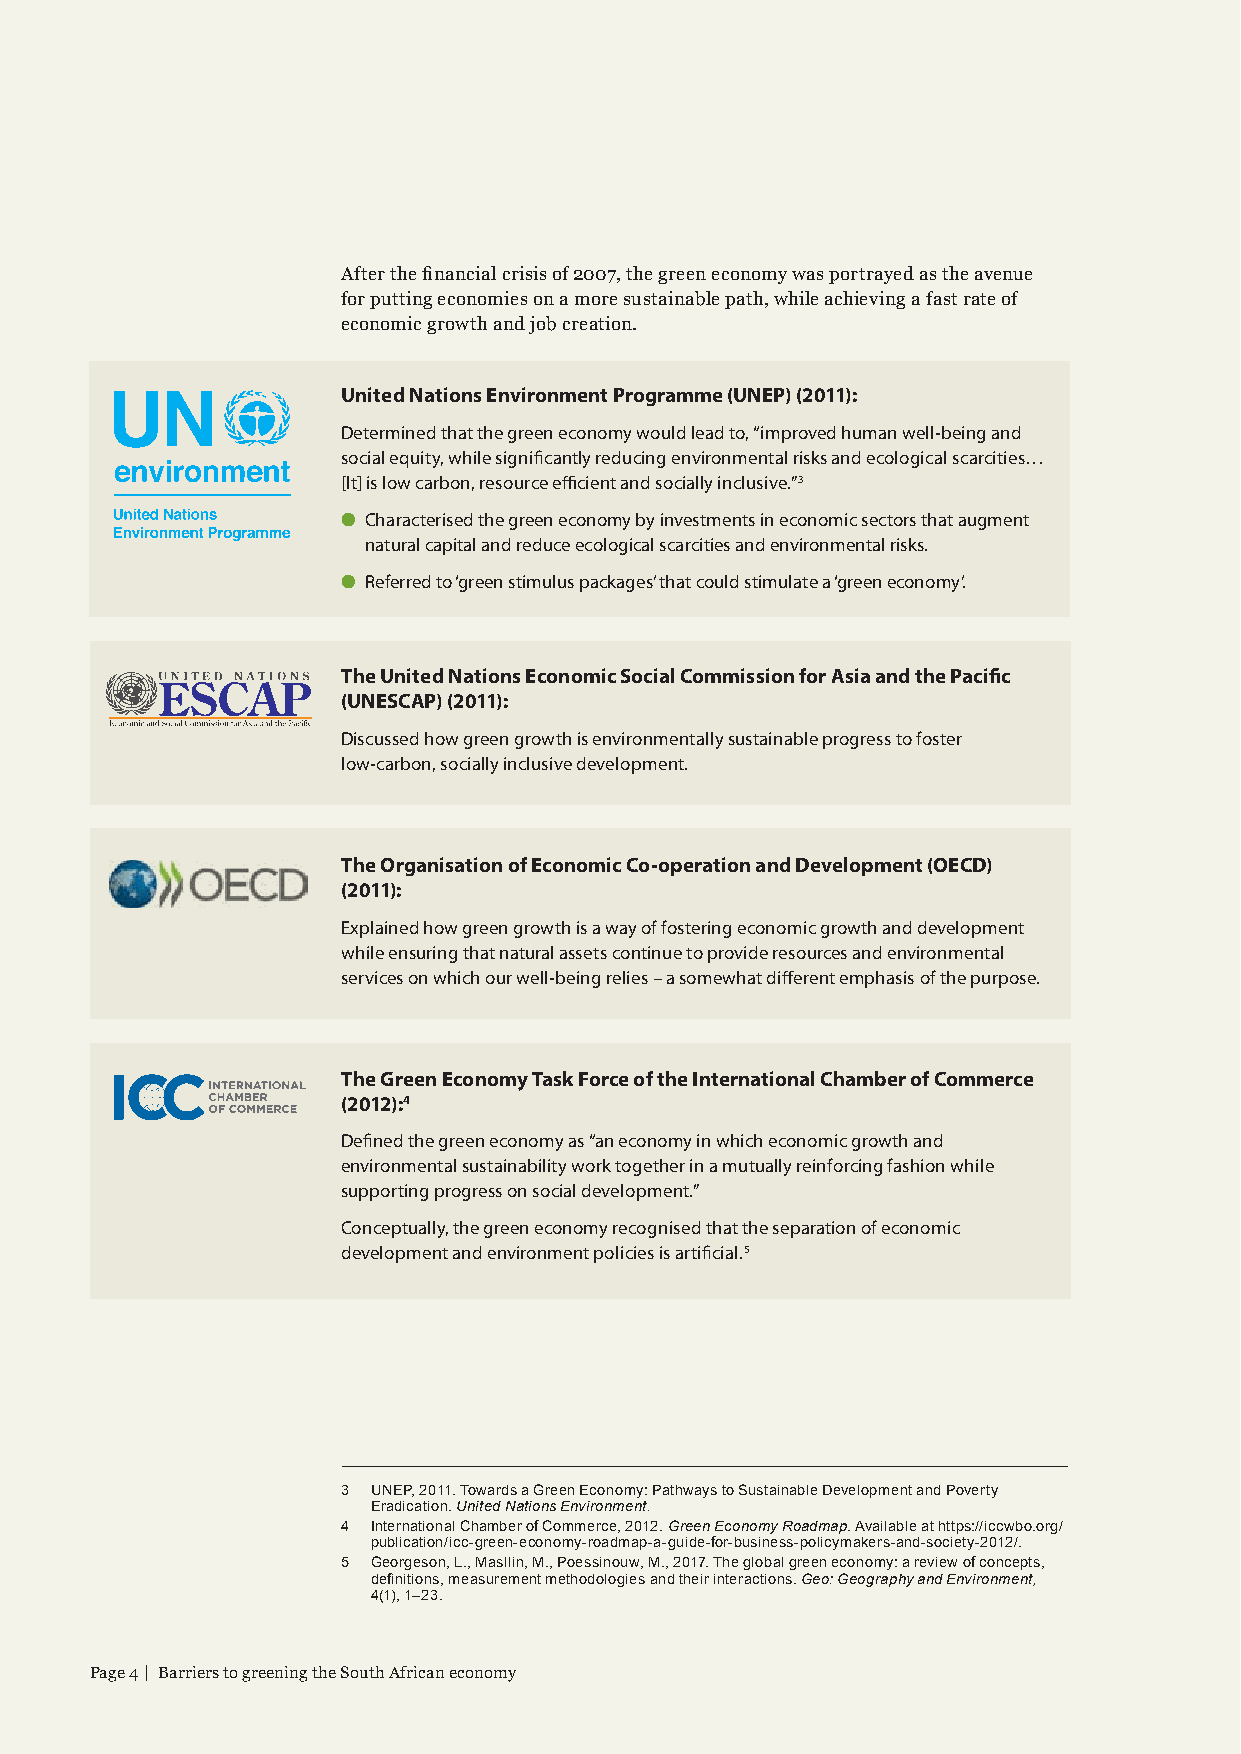
After the financial crisis of 2007, the green economy was portrayed as the avenue
 for putting economies on a more sustainable path, while achieving a fast rate of
 economic growth and job creation.
 United Nations Environment Programme (UNEP) (2011):
 Determined that the green economy would lead to, “improved human well-being and
 social equity, while significantly reducing environmental risks and ecological scarcities…
 [It] is low carbon, resource efficient and socially inclusive.”3
 ● Characterised the green economy by investments in economic sectors that augment
 natural capital and reduce ecological scarcities and environmental risks.
 ● Referred to ‘green stimulus packages’ that could stimulate a ‘green economy’.
 The United Nations Economic Social Commission for Asia and the Pacific
 (UNESCAP) (2011):
 Discussed how green growth is environmentally sustainable progress to foster
 low-carbon, socially inclusive development.
 The Organisation of Economic Co-operation and Development (OECD)
 (2011):
 Explained how green growth is a way of fostering economic growth and development
 while ensuring that natural assets continue to provide resources and environmental
 services on which our well-being relies – a somewhat different emphasis of the purpose.
 The Green Economy Task Force of the International Chamber of Commerce
 (2012):4
 Defined the green economy as “an economy in which economic growth and
 environmental sustainability work together in a mutually reinforcing fashion while
 supporting progress on social development.”
 Conceptually, the green economy recognised that the separation of economic
 development and environment policies is artificial.5
 3 UNEP, 2011. Towards a Green Economy: Pathways to Sustainable Development and Poverty
 Eradication. United Nations Environment.
 4 International Chamber of Commerce, 2012. Green Economy Roadmap. Available at https://iccwbo.org/
 publication/icc-green-economy-roadmap-a-guide-for-business-policymakers-and-society-2012/.
 5 Georgeson, L., Masllin, M., Poessinouw, M., 2017. The global green economy: a review of concepts,
 definitions, measurement methodologies and their interactions. Geo: Geography and Environment,
 4(1), 1–23.
 Page 4 | Barriers to greening the South African economy